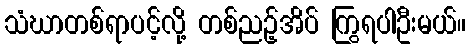
သံဃာတစ်ရာပင့်လို့ တစ်ညဉ့်အိပ် ကြွရပါဦးမယ်။